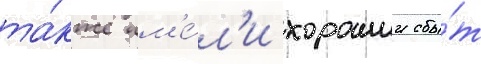
та́кже им'е́л'и хорошии сбы́т